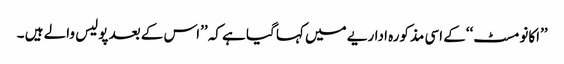
’’اکانومسٹ‘‘کے اسی مذکورہ اداریے میں کہا گیا ہے کہ ’’اس کے بعد پولیس والے ہیں ۔